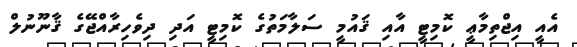
އެއީ އިޖްތިމާޢީ ކޮމިޓީ އާއި ޤައުމީ ސަލާމަތުގެ ކޮމިޓީ އަދި ދިވެހިރާއްޖޭގެ ޤާނޫނުލް